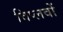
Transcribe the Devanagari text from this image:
विप्लवों